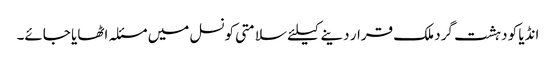
انڈیا کو دہشت گرد ملک قرار دینے کیلئے سلامتی کونسل میں مسئلہ اٹھایا جائے۔